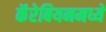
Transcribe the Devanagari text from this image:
कॅरेबियनमध्ये